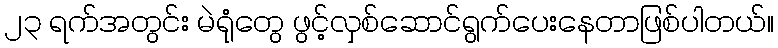
၂၃ ရက်အတွင်း မဲရုံတွေ ဖွင့်လှစ်ဆောင်ရွက်ပေးနေတာဖြစ်ပါတယ်။